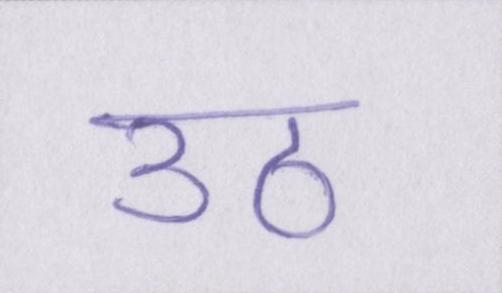
उठ